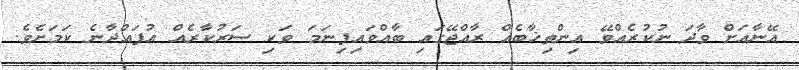
އޭނާއަށް ވާދަ ނުކުރެއްވޭ އިންތިޚާބެއް ރާއްޖޭގައި ބާއްވައިފިނަމަ ވަކި ސަރުކާރެއް އުފައްދާނެ ކަމަށެވެ.